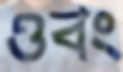
ওবং